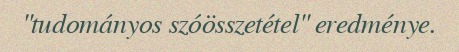
"tudományos szóösszetétel" eredménye.